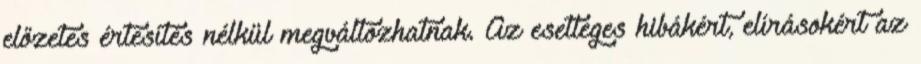
előzetes értesítés nélkül megváltozhatnak. Az esetleges hibákért, elírásokért az